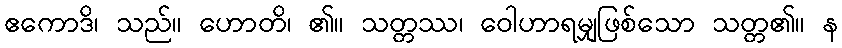
ဧကောဒိ၊ သည်။ ဟောတိ၊ ၏။ သတ္တဿ၊ ဝေါဟာရမျှဖြစ်သော သတ္တ၏။ န